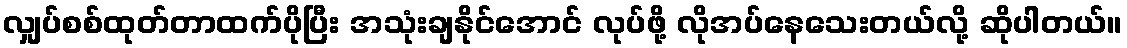
လျှပ်စစ်ထုတ်တာထက်ပိုပြီး အသုံးချနိုင်အောင် လုပ်ဖို့ လိုအပ်နေသေးတယ်လို့ ဆိုပါတယ်။